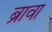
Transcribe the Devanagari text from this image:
ब्रावा